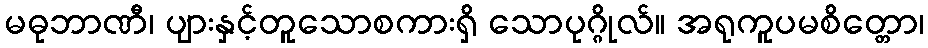
မဓုဘာဏီ၊ ပျားနှင့်တူသောစကားရှိ သောပုဂ္ဂိုလ်။ အရုကူပမစိတ္တော၊